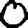
Digit: 0